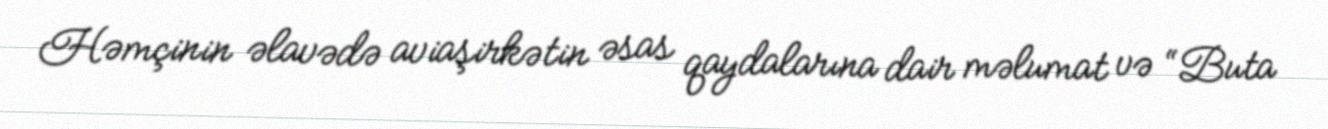
Həmçinin əlavədə aviaşirkətin əsas qaydalarına dair məlumat və “Buta